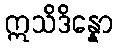
ဣသိဒိန္နော